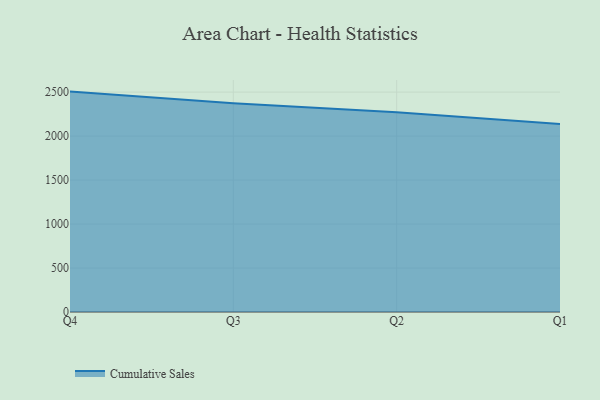
{"axis": {"x": "Quarter", "y": "Waste Production (Tons)"}, "legend": ["Cumulative Sales"], "data": [{"x": "Q4", "y": 2505.9, "type": "Cumulative Sales"}, {"x": "Q3", "y": 2373.2, "type": "Cumulative Sales"}, {"x": "Q2", "y": 2271.4, "type": "Cumulative Sales"}, {"x": "Q1", "y": 2138.5, "type": "Cumulative Sales"}]}